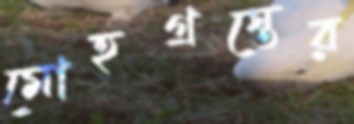
মোহগ্রস্তের